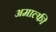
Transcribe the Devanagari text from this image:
अमाल्फी